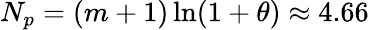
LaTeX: N_{p}=(m+1)\ln(1+\theta)\approx 4.66